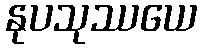
နုပသုဿယေ